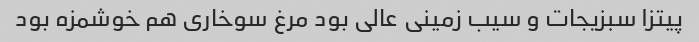
پیتزا سبزیجات و سیب زمینی عالی بود مرغ سوخاری هم خوشمزه بود